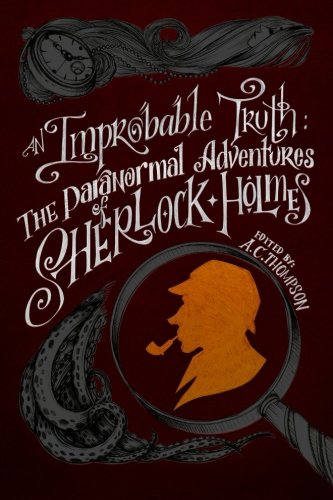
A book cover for An Improbable Truth: The Paranormal Adventures of Sherlock Holmes; A.C. Thompson; Literature & Fiction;